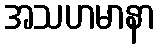
အသဟမာနာ